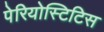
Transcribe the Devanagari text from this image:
पेरियोस्टिटिस